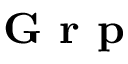
\textbf { G r p }